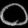
Digit: ၀